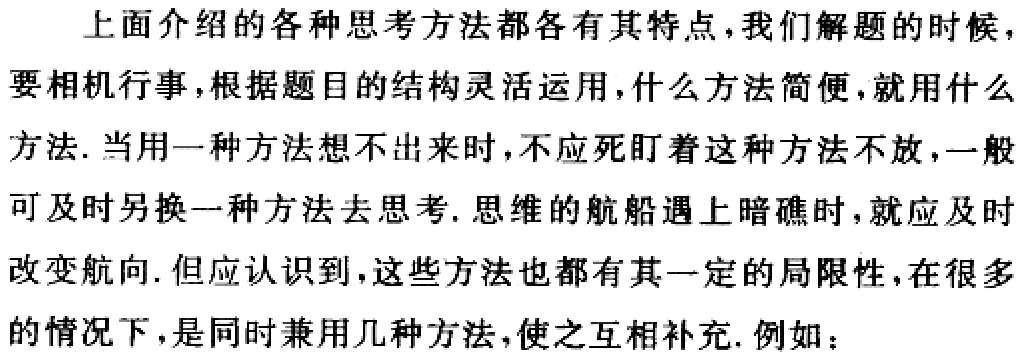
上面介绍的各种思考方法都各有其特点，我们解题的时候，要相机行事，根据题目的结构灵活运用，什么方法简便，就用什么方法. 当用一种方法想不出来时，不应死盯着这种方法不放，一般可及时另换一种方法去思考. 思维的航船遇上暗礁时，就应及时改变航向. 但应认识到，这些方法也都有其一定的局限性，在很多的情况下，是同时兼用几种方法，使之互相补充. 例如：